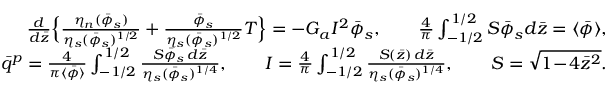
\begin{array} { r l r } & { } & { \frac { d } { d \bar { z } } \Bigl \{ \frac { \eta _ { n } ( \bar { \phi } _ { s } ) } { \eta _ { s } ( \bar { \phi } _ { s } ) ^ { 1 / 2 } } + \frac { \bar { \phi } _ { s } } { \eta _ { s } ( \bar { \phi } _ { s } ) ^ { 1 / 2 } } T \Bigr \} = - G _ { a } I ^ { 2 } \bar { \phi } _ { s } , \qquad \frac { 4 } { \pi } \int _ { - 1 / 2 } ^ { 1 / 2 } S \bar { \phi } _ { s } d \bar { z } = \langle \bar { \phi } \rangle , } \\ & { } & { \bar { q } ^ { p } = \frac { 4 } { \pi \langle \bar { \phi } \rangle } \int _ { - 1 / 2 } ^ { 1 / 2 } \frac { S \bar { \phi } _ { s } \, d \bar { z } } { \eta _ { s } ( \bar { \phi } _ { s } ) ^ { 1 / 4 } } , \qquad I = \frac { 4 } { \pi } \int _ { - 1 / 2 } ^ { 1 / 2 } \frac { S ( \bar { z } ) \, d \bar { z } } { \eta _ { s } ( \bar { \phi } _ { s } ) ^ { 1 / 4 } } , \qquad S = \sqrt { 1 \! - \! 4 \bar { z } ^ { 2 } } . } \end{array}